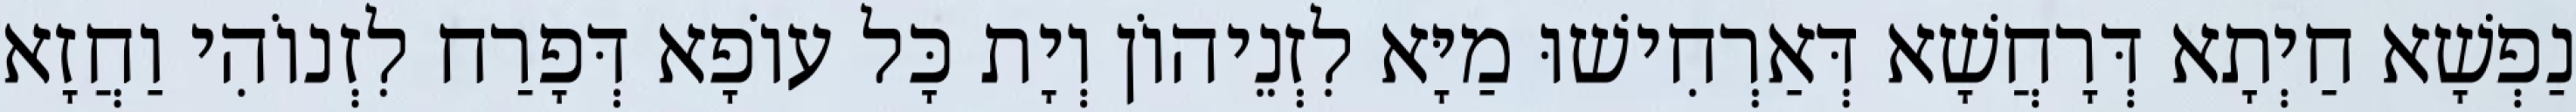
נַפְשָׁא חַיְתָא דְּרָחֲשָׁא דְּאַרְחִישׁוּ מַיָּא לִזְנֵיהוֹן וְיָת כָּל עוֹפָא דְּפָרַח לִזְנוֹהִי וַחֲזָא